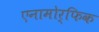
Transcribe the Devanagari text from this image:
एनामोर्फिक